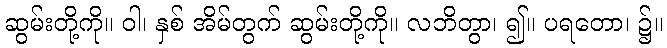
ဆွမ်းတို့ကို။ ဝါ၊ နှစ် အိမ်တွက် ဆွမ်းတို့ကို။ လဘိတွာ၊ ၍။ ပရတော၊ ၌။